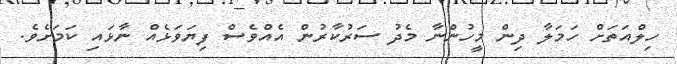
ހިލްއަތަށް ހަމަލާ ދިން މީހުންނާ މެދު ސަރުކާރުން އެއްވެސް ފިޔަވަޅެއް ނާޅައި ކަމަށެވެ.